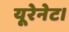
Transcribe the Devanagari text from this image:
यूरेनेट।